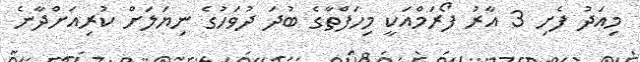
މިއަދު ފެށި 3 އާރު ފޯރަމްއަކީ މިހަފްތާގެ ބުދަ ދުވަހުގެ ނިޔަލަށް ކުރިއަށްދާނެ